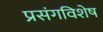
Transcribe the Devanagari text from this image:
प्रसंगविशेष